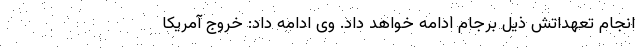
انجام تعهداتش ذیل برجام ادامه خواهد داد. وی ادامه داد: خروج آمریکا